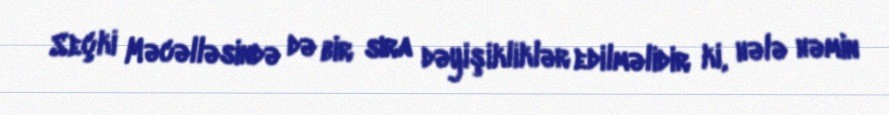
Seçki Məcəlləsində də bir sıra dəyişikliklər edilməlidir ki, hələ həmin